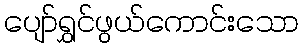
ပျော်ရွှင်ဖွယ်ကောင်းသော